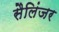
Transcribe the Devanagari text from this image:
सैलिंजर